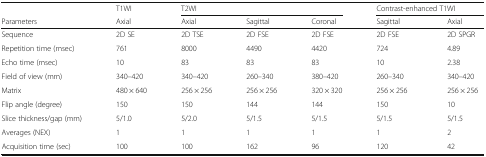
<table><thead><tr><td></td><td><b>T1WI</b></td><td colspan="3"><b>T2WI</b></td><td colspan="2"><b>Contrast-enhanced T1WI</b></td></tr><tr><td><b>Parameters</b></td><td><b>Axial</b></td><td><b>Axial</b></td><td><b>Sagittal</b></td><td><b>Coronal</b></td><td><b>Sagittal</b></td><td><b>Axial</b></td></tr></thead><tbody><tr><td>Sequence</td><td>2D SE</td><td>2D TSE</td><td>2D FSE</td><td>2D FSE</td><td>2D FSE</td><td>2D SPGR</td></tr><tr><td>Repetition time (msec)</td><td>761</td><td>8000</td><td>4490</td><td>4420</td><td>724</td><td>4.89</td></tr><tr><td>Echo time (msec)</td><td>10</td><td>83</td><td>83</td><td>83</td><td>10</td><td>2.38</td></tr><tr><td>Field of view (mm)</td><td>340–420</td><td>340–420</td><td>260–340</td><td>380–420</td><td>260–340</td><td>340–420</td></tr><tr><td>Matrix</td><td>480 × 640</td><td>256 × 256</td><td>256 × 256</td><td>320 × 320</td><td>256 × 256</td><td>256 × 256</td></tr><tr><td>Flip angle (degree)</td><td>150</td><td>150</td><td>144</td><td>144</td><td>150</td><td>10</td></tr><tr><td>Slice thickness/gap (mm)</td><td>5/1.0</td><td>5/2.0</td><td>5/1.5</td><td>5/1.5</td><td>5/1.5</td><td>5/1.5</td></tr><tr><td>Averages (NEX)</td><td>1</td><td>1</td><td>1</td><td>1</td><td>1</td><td>2</td></tr><tr><td>Acquisition time (sec)</td><td>100</td><td>100</td><td>162</td><td>96</td><td>120</td><td>42</td></tr></tbody></table>